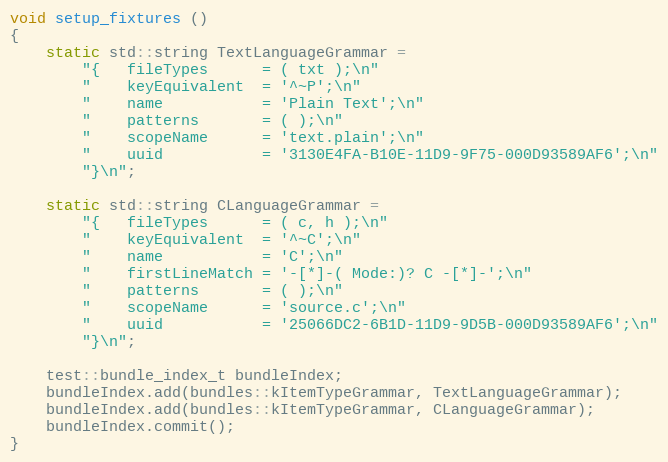
Language: C++
void setup_fixtures ()
{
	static std::string TextLanguageGrammar =
		"{	fileTypes      = ( txt );\n"
		"	keyEquivalent  = '^~P';\n"
		"	name           = 'Plain Text';\n"
		"	patterns       = ( );\n"
		"	scopeName      = 'text.plain';\n"
		"	uuid           = '3130E4FA-B10E-11D9-9F75-000D93589AF6';\n"
		"}\n";

	static std::string CLanguageGrammar =
		"{	fileTypes      = ( c, h );\n"
		"	keyEquivalent  = '^~C';\n"
		"	name           = 'C';\n"
		"	firstLineMatch = '-[*]-( Mode:)? C -[*]-';\n"
		"	patterns       = ( );\n"
		"	scopeName      = 'source.c';\n"
		"	uuid           = '25066DC2-6B1D-11D9-9D5B-000D93589AF6';\n"
		"}\n";

	test::bundle_index_t bundleIndex;
	bundleIndex.add(bundles::kItemTypeGrammar, TextLanguageGrammar);
	bundleIndex.add(bundles::kItemTypeGrammar, CLanguageGrammar);
	bundleIndex.commit();
}